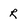
Character: r